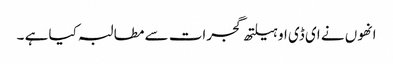
انھوں نے ای ڈی او ہیلتھ گجرات سے مطالبہ کیا ہے ۔